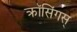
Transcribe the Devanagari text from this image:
क्रॉसिंगस्